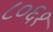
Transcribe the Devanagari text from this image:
८०६१